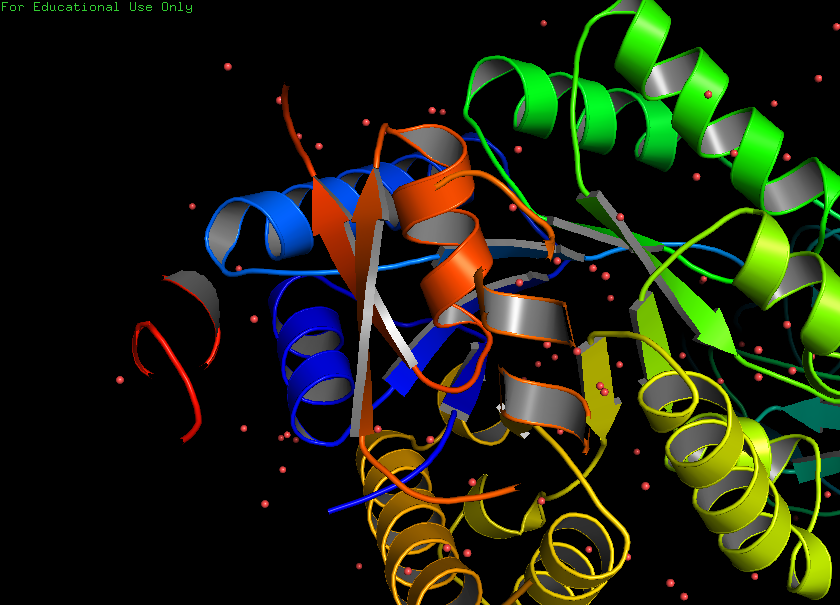
pymol, preset, pub_solv